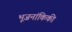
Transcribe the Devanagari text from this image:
भूजनांकिकी